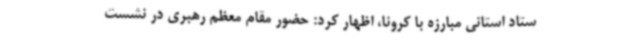
ستاد استانی مبارزه با کرونا، اظهار کرد: حضور مقام معظم رهبری در نشست